Civil Veterinary Department. United Provinces 1912-22 - 1912-1922
Year: 1912
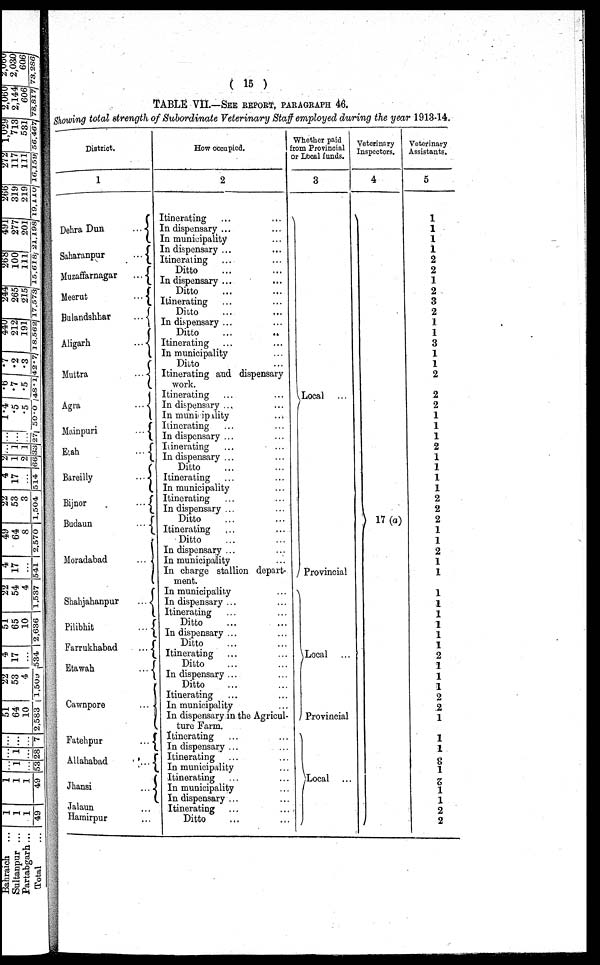
(15)
TABLE VII.—SEE REPORT, PARAGRAPH 46.
Showing total strength of Subordinate Veterinary Staff employed during the year 1913-14.
District.
1
Dehra Dun
...
Saharanpur
...
Muzaffarnagar
...
Meerut
...
Bulandshhar
...
Aligarh
...
Muttra
...
Agra
...
Mainpuri
...
Etah
...
Bareilly
...
Bijnor ...
Budaun
...
Moradabad
...
Shahjahanpur
...
Pilibhit
...
Farrukhabad
...
Etawah
...
Cawnpore
...
Fatehpur
...
Allahabad
...
Jhansi
....
Jalaun ...
Hamirpur ...
How occupied.
2
Itinerating ... ...
In dispensary ... ...
In municipality ...
In dispensary ... ...
Itinerating ... ...
Ditto ... ...
In dispensary ... ...
Ditto ... ...
Itinerating ... ...
Ditto ... ...
In dispensary ... ...
Ditto ... ...
Itinerating ... ...
In municipality ...
Ditto ...
Itinerating and dispensary
work.
Itinerating
In dispensary ... ...
In municipality ...
Itinerating ... ...
In dispensary ... ...
Itinerating
...
...
In dispensary ... ...
Ditto ... ...
Itinerating ... ...
In municipality ...
Itinerating ... ...
In dispensary ... ...
Ditto
...
Itinerating ... ...
Ditto ... ...
In dispensary ... ...
In municipality ...
In charge stallion depart-
ment.
In municipality ... ...
In dispensary ... ...
Itinerating ... ...
Ditto ... ...
In dispensary ... ...
Ditto ... ...
Itinerating ... ...
Ditto ...
In dispensary ... ...
Ditto ...
Itinerating ... ...
In municipality ...
In dispensary in the Agricul-
ture Farm.
Itinerating
In dispensary ... ...
Itinerating ... ...
In municipality ...
Itinerating ... ...
In municipality ...
In dispensary ... ...
Itinerating ... ...
Ditto... ...
Whether paid
from Provincial
or Local funds.
3
Local ...
Provincial
Local ...
Provincial
Local ...
Veterinary
Inspectors.
4
17
(a)
Veterinary
Assistants.
5
1
1
1
1
2
2
1
2
3
2
1
1
3
1
1
2
2
2
1
1
1
2
1
1
1
1
2
2
2
1
1
2
1
1
1
1
1
1
1
1
2
1
1
1
2
2
1
1
1
3
1
2
1
1
2
2